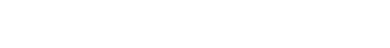
အဟံ၊ ငါသည်။ န၊ မည်သည်ကို။ ဝဒါမိ၊ မဆို။ ဣတိ၊ ဤသို့။ တုဏှိ